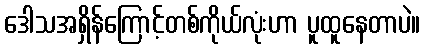
ဒေါသအရှိန်ကြောင့်တစ်ကိုယ်လုံးဟာ ပူထူနေတာပဲ။